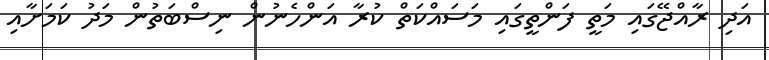
އަދި ރާއްޖޭގައި މަތީ ފަންތީގައި މަސައްކަތް ކުރާ އަންހެނުން ނިސްބަތުން މަދު ކަމަށާއި